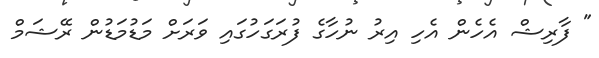
" ފާރިޝް އެހެން އެހި އިރު ނުހާގެ ފުރަގަހުގައި ވަރަށް މަޑުމަޑުން ރޭޝަމް